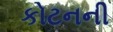
કોટનની